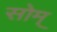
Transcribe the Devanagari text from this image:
सोम्